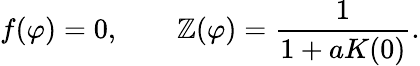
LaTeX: f(\varphi)=0,\qquad\mathbb{Z}(\varphi)=\frac{{1}}{{1+aK(0)}}.